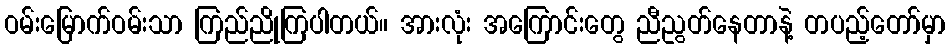
ဝမ်းမြောက်ဝမ်းသာ ကြည်ညိုကြပါတယ်။ အားလုံး အကြောင်းတွေ ညီညွတ်နေတာနဲ့ တပည့်တော်မှာ